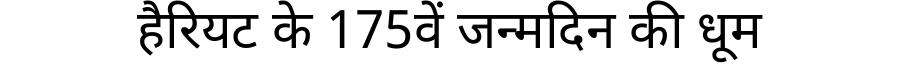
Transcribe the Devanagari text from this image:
हैरियट के 175वें जन्मदिन की धूम